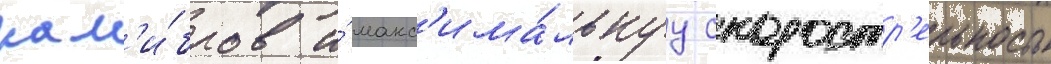
кал'и́бров и́ макс'има́льнуу скоростр'ельность